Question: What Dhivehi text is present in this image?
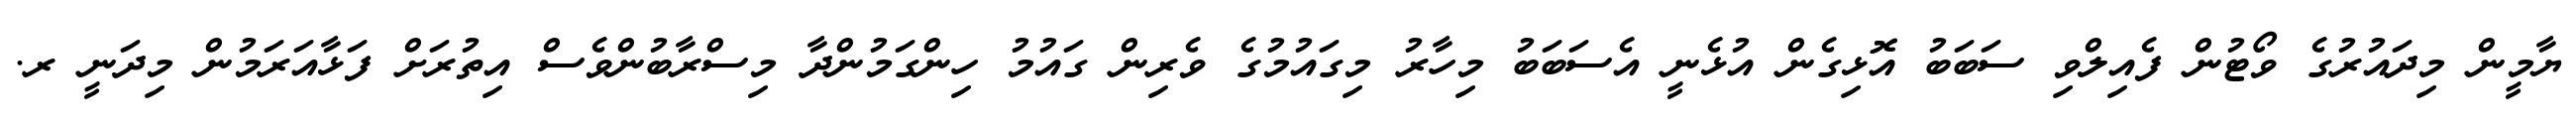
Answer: ޔާމީން މިދައުރުގެ ވޯޓުން ފެއިލްވި ސަބަބު އޮޅިގެން އުޅެނީ އެސަބަބު މިހާރު މިގައުމުގެ ވެރިން ގައުމު ހިންގަމުންދާ މިސްރާބުންވެސް އިތުރަށް ފަޅާއަރަމުން މިދަނީ ރ.